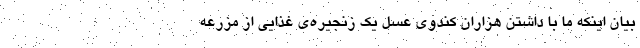
بیان اینکه ما با داشتن هزاران کندوی عسل یک زنجیره‌ی غذایی از مزرعه